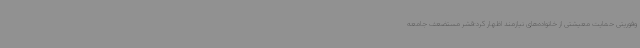
وفوریتی حمایت معیشتی از خانواده‌های نیازمند اظهار کرد:قشر مستضعف جامعه